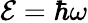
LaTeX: {\mathcal{E}=\hbar\omega}